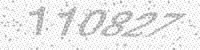
Solution: 110827